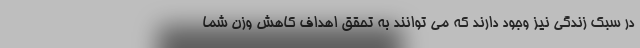
در سبک زندگی نیز وجود دارند که می توانند به تحقق اهداف کاهش وزن شما